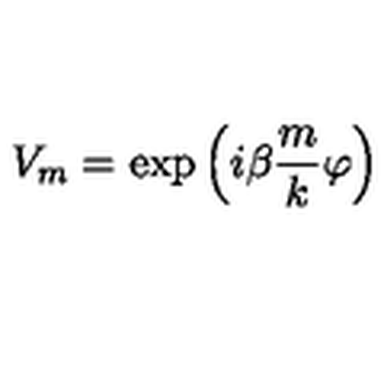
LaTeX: V _ { m } = \exp \left( { i \beta } \frac { m } { k } \varphi \right)